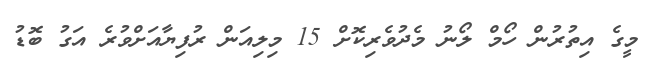
މީގެ އިތުރުން ހޯމް ލޯނު މެދުވެރިކޮށް 15 މިލިއަން ރުފިޔާއަށްވުރެ އަގު ބޮޑު